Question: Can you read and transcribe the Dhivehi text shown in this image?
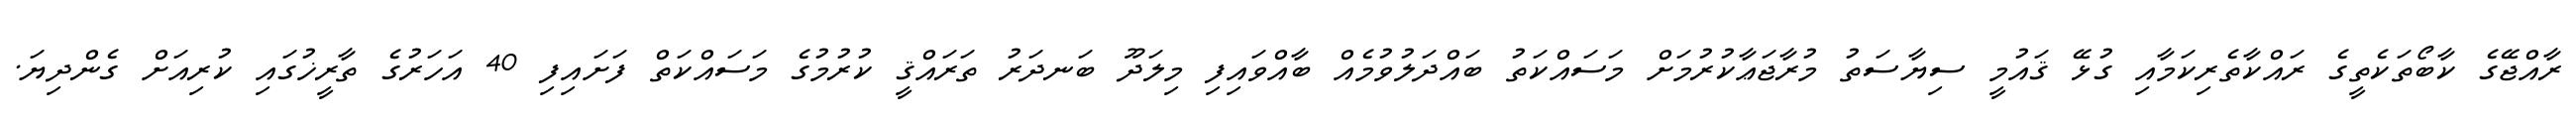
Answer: ރާއްޖޭގެ ކާބޯތަކެތީގެ ރައްކާތެރިކަމާއި ގުޅޭ ޤައުމީ ސިޔާސަތު މުރާޖަޢާކުރުމަށް މަސައްކަތު ބައްދަލުވުމެއް ބާއްވައިފި މިލަދޫ ބަނދަރު ތަރައްޤީ ކުރުމުގެ މަސައްކަތް ފަށައިފި 40 އަހަރުގެ ތާރީޚުގައި ކުރިއަށް ގެންދިޔަ.